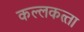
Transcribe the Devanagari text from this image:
कल्‍लकत्‍ता